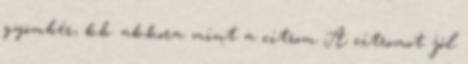
gyömbér, kb. akkora mint a citrom A citromot jól